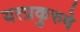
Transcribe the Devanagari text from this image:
यत्प्रकुरुषे